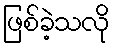
ဖြစ်ခဲ့သလို